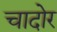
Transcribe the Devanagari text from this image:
चादोर